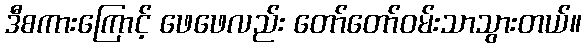
ဒီစကားကြောင့် ဖေဖေလည်း တော်တော်ဝမ်းသာသွားတယ်။